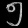
Digit: ၅